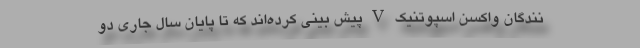
نندگان واکسن اسپوتنیک V پیش بینی کرده‌اند که تا پایان سال جاری دو